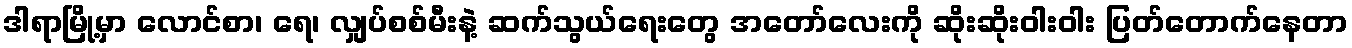
ဒါရာမြို့မှာ လောင်စာ၊ ရေ၊ လျှပ်စစ်မီးနဲ့ ဆက်သွယ်ရေးတွေ အတော်လေးကို ဆိုးဆိုးဝါးဝါး ပြတ်တောက်နေတာ